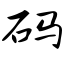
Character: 码